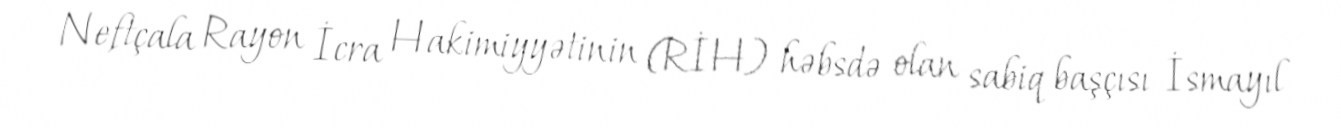
Neftçala Rayon İcra Hakimiyyətinin (RİH) həbsdə olan sabiq başçısı İsmayıl